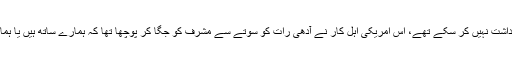
مگر ہم ٹالبوٹ کی ایک دھمکی برداشت نہیں کر سکے تھے، اس امریکی اہل کار نے آدھی رات کو سوتے سے مشرف کو جگا کر پوچھا تھا کہ ہمارے ساتھ ہیں یا ہمارے دشمنوں کے ساتھ کھڑے ہیں۔